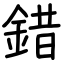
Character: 錯